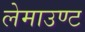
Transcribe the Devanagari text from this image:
लेमाउण्ट